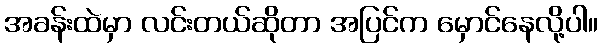
အခန်းထဲမှာ လင်းတယ်ဆိုတာ အပြင်က မှောင်နေလို့ပါ။